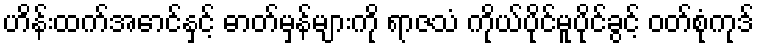
ဟိန်းထက်အောင်နှင့် ဓာတ်မှန်များကို ရာဇသံ ကိုယ်ပိုင်မူပိုင်ခွင့် ဝတ်စုံကုဒ်